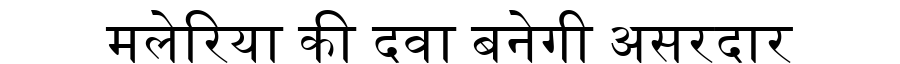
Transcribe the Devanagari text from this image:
मलेरिया की दवा बनेगी असरदार